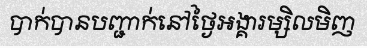
បាក់បានបញ្ជាក់នៅថ្ងៃអង្គារម្សិលមិញ